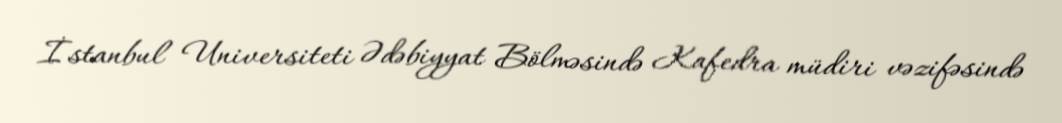
İstanbul Universiteti Ədəbiyyat Bölməsində Kafedra müdiri vəzifəsində